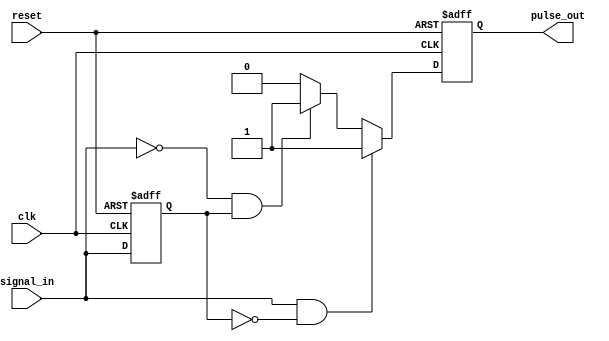
module pulse_edge_detector (
    input wire clk,            // Clock signal
    input wire reset,          // Reset signal
    input wire signal_in,      // Input signal to detect edges
    output reg pulse_out       // Output pulse for edge detection
);

    // State memory to store previous state of the input signal
    reg previous_state;

    // Edge detection logic
    always @(posedge clk or posedge reset) begin
        if (reset) begin
            previous_state <= 1'b0; // Initialize previous state to low
            pulse_out <= 1'b0;      // Initialize pulse output to low
        end else begin
            // Edge detection
            if (signal_in && !previous_state) begin
                // Rising edge detected
                pulse_out <= 1'b1;  // Set pulse output high
            end else if (!signal_in && previous_state) begin
                // Falling edge detected
                pulse_out <= 1'b1;  // Set pulse output high
            end else begin
                pulse_out <= 1'b0;   // No edge detected, set output low
            end
            
            // Update previous state on clock edge
            previous_state <= signal_in;
        end
    end

endmodule